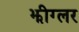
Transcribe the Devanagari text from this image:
झीग्लर